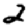
Digit: 2